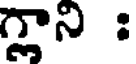
గ్లాని :